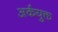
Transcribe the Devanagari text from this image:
अर्कयुक्त